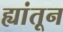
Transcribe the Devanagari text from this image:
ह्यांतून